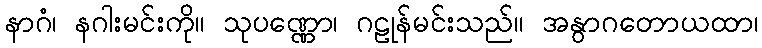
နာဂံ၊ နဂါးမင်းကို။ သုပဏ္ဏော၊ ဂဠုန်မင်းသည်။ အနွာဂတောယထာ၊